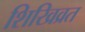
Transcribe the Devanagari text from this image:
शिखिव्रत